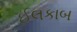
ઈલકાબ